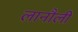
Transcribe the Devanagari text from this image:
लानौली